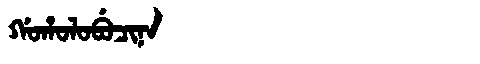
Manchu: ᡤᠣᡥᠣᠯᠣᠪᡠᠴᡳᠨᠠ
Romanization: GOHOLOBUCINA